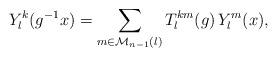
LaTeX: \begin{align*}Y_l^k(g^{-1}x)=\sum_{m\in\mathcal M_{n-1}(l)}T_l^{km}(g)\,Y_l^m(x),\end{align*}